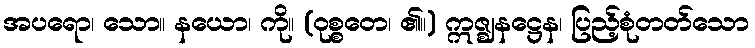
အပရော၊ သော။ နယော၊ ကို။ (ဝုစ္စတေ၊ ၏။) ဣဇ္ဈနဋ္ဌေန၊ ပြည့်စုံတတ်သော